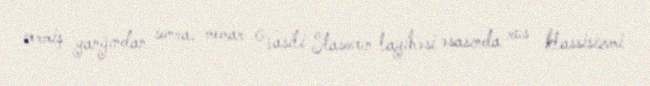
vermiş yanğından sonra, memar Vasili Stasovun layihəsi əsasında rus klassisizmi